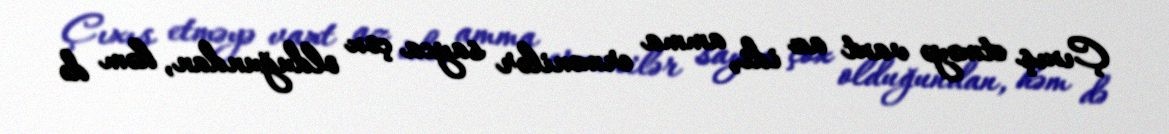
Çıxış etməyə vaxt az idi, amma ermənilər sayca çox olduğundan, həm də